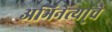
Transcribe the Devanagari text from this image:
अभिनेत्या्चे